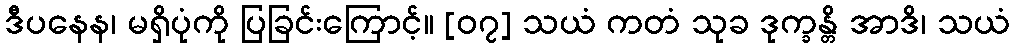
ဒီပနေန၊ မရှိပုံကို ပြခြင်းကြောင့်။ [၀၇] သယံ ကတံ သုခ ဒုက္ခန္တိ အာဒိ၊ သယံ